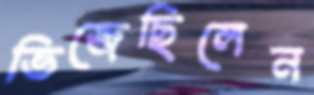
ভিজেছিলেন